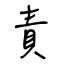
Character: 責